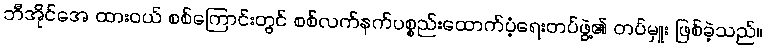
ဘီအိုင်အေ ထားဝယ် စစ်ကြောင်းတွင် စစ်လက်နက်ပစ္စည်းထောက်ပံ့ရေးတပ်ဖွဲ့၏ တပ်မှူး ဖြစ်ခဲ့သည်။